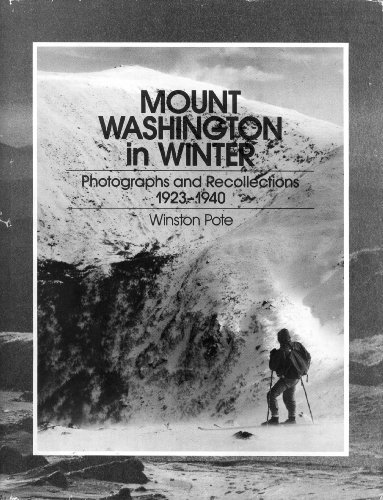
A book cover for Mount Washington in Winter: Photographs and Recollections, 1923-1940; Winston Pote; Travel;